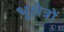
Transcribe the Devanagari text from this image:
भूक्षेत्रों